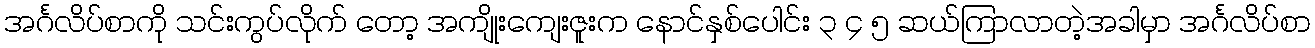
အင်္ဂလိပ်စာကို သင်းကွပ်လိုက် တော့ အကျိုးကျေးဇူးက နောင်နှစ်ပေါင်း ၃ ၄ ၅ ဆယ်ကြာလာတဲ့အခါမှာ အင်္ဂလိပ်စာ